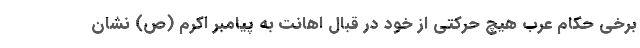
برخی حکام عرب هیچ حرکتی از خود در قبال اهانت به پیامبر اکرم (ص) نشان